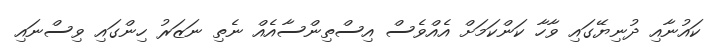
ކައުނާއި ދުނިޔޭގައި ވާހާ ކަންކަމަށް އެއްވެސް އިސްތިންސާއެއް ނެތި ނަޒަރު ހިންގައި ވިސްނައި